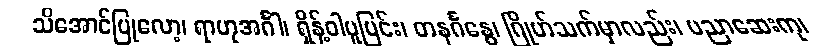
သိအောင်ပြုလော့၊ ရာဟုအင်္ဂါ၊ ရှိန့်ဝါပူပြင်း၊ တနင်္ဂနွေ၊ ဂြိုဟ်သက်မှာလည်း၊ ပညာဆေးကု၊